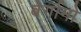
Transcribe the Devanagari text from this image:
बेर्गामो